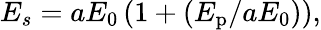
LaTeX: E_{s}=aE_{0}\left(1+(E_{\mathrm{p}}/aE_{0})\right),